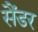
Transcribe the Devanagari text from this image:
सैंडर